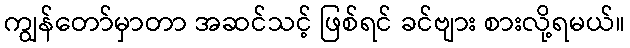
ကျွန်တော်မှာတာ အဆင်သင့် ဖြစ်ရင် ခင်ဗျား စားလို့ရမယ်။